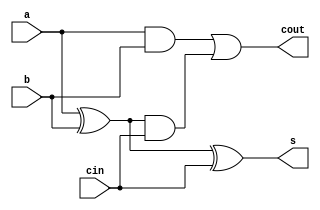
`timescale 1ns / 1ps
//////////////////////////////////////////////////////////////////////////////////
// Company: 
// Engineer: 
// 
// Design Name: krishna
// Module Name: full_adder
// Project Name: 
// Target Devices: 
// Tool Versions: 
// Description: 
// 
// Dependencies: 
// 
// Revision:
// Revision 0.01 - File Created
// Additional Comments:
// 
//////////////////////////////////////////////////////////////////////////////////


module full_adder(
input a,b,cin,
output s,cout
    );
wire w1,w2,w3;
assign w1=a^b;
assign s=w1^cin; /*s=sum and cin = carry in*/
assign w2=a&b;
assign w3= w1&cin;
assign cout=w2 | w3; /* carry out*/
endmodule